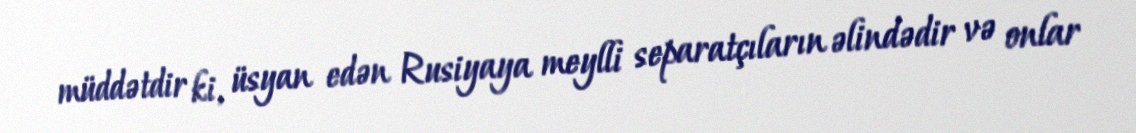
müddətdir ki, üsyan edən Rusiyaya meylli separatçıların əlindədir və onlar